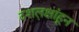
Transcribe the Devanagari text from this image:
दशल़क्षांहून